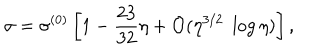
\sigma = \sigma ^ { ( 0 ) } \left[ 1 - \frac { 2 3 } { 3 2 } \eta + { \cal O } ( \eta ^ { 3 / 2 } \; \log \eta ) \right] ,